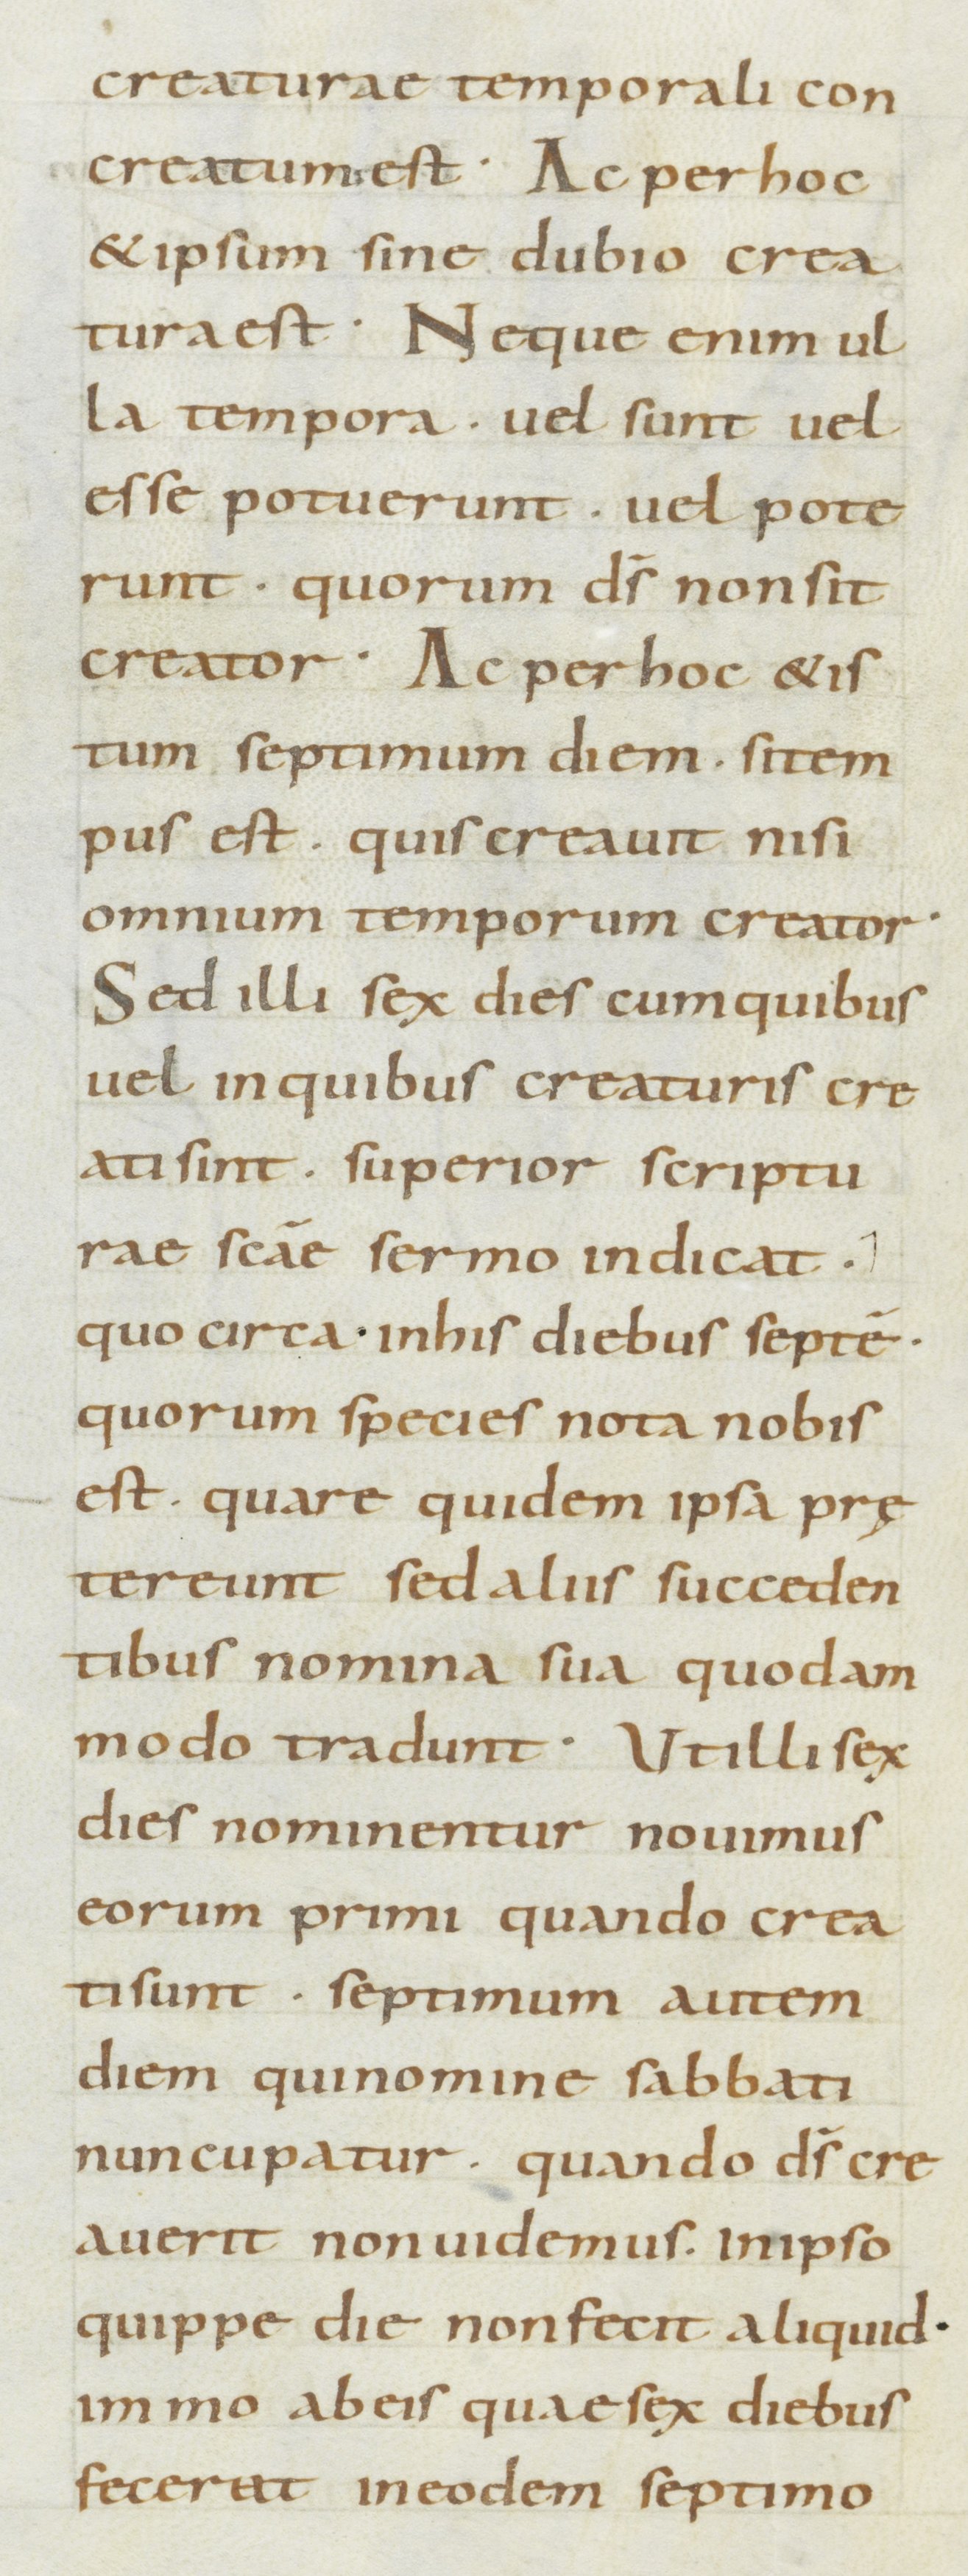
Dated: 800–899